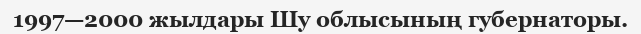
1997—2000 жылдары Шу облысының губернаторы.